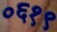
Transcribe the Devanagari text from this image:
०६१९